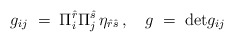
\begin{align*}g_{ij} \; = \; \Pi_i^{\hat{r}} \Pi^{\hat{s}}_j\, \eta_{\hat{r}\hat{s}}\, , \quad g \;=\; {\rm det}g_{ij}\end{align*}